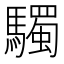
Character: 䮷